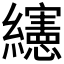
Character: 𰫸